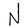
Character: N